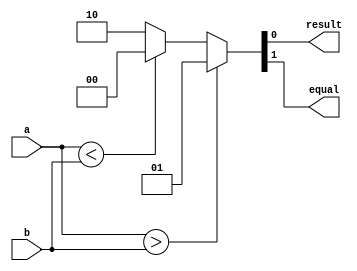
`timescale 1ns / 1ps

module Comparator(
    input wire [7:0] a, // 
    input wire [7:0] b, // 
    output reg result, // 
    output reg equal // 
    );

// 
always @(a or b) begin
    if(a > b)
        {equal,result} <= 2'b01; // a  b 
    else begin
        if(a < b)
            {equal,result} <= 2'b00; // a  b 
        else
            {equal,result} <= 2'b10; // 
    end
end

// 
// assign equal = (a == b) ? 1 : 0;
// assign result = (a > b) ? 1 : 0;
endmodule